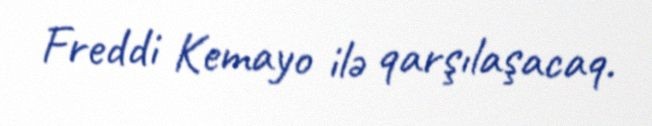
Freddi Kemayo ilə qarşılaşacaq.